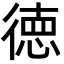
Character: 徳